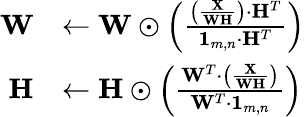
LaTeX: \begin{array}{rl}{\mathbf{W}}&{\leftarrow\mathbf{W}\odot\left(\frac{\left(\frac{\mathbf{X}}{\mathbf{W}\mathbf{H}}\right)\cdot\mathbf{H}^{T}}{\mathbf{1}_{m,n}\cdot\mathbf{H}^{T}}\right)}\\ {\mathbf{H}}&{\leftarrow\mathbf{H}\odot\left(\frac{\mathbf{W}^{T}\cdot\left(\frac{\mathbf{X}}{\mathbf{W}\mathbf{H}}\right)}{\mathbf{W}^{T}\cdot\mathbf{1}_{m,n}}\right)}\end{array}